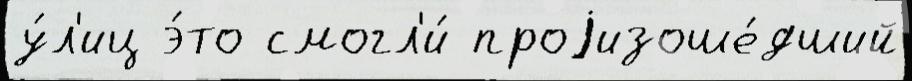
у́л'иц э́то смогл'и́ проjизоше́дший